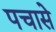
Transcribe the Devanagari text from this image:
पचासे